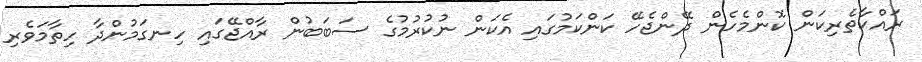
ރައްކާތެރިކަން ކޮންމެހެން ދޭންޖެހޭ ކަންކަމުގައި އެކަން ނުކުރުމުގެ ސަބަބުން ރާއްޖޭގައި ހިނގަމުންދާ ހިތާމަވެރި